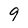
Character: 9